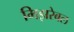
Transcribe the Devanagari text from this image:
मिझरेबल